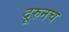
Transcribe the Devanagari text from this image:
दूरुनच